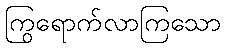
ကြွရောက်လာကြသော